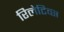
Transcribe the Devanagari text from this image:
रिलेटिव्स